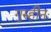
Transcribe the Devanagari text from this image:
गुरुहीनः